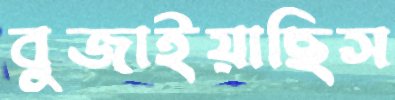
বুজাইয়াছিস